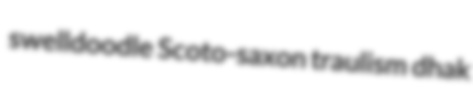
swelldoodle Scoto-saxon traulism dhak